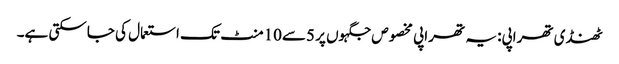
ٹھنڈی تھراپی: یہ تھراپی مخصوص جگہوں پر 5سے10منٹ تک استعمال کی جاسکتی ہے۔